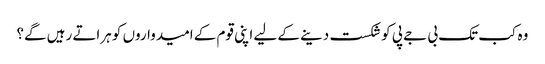
وہ کب تک بی جے پی کوشکست دینے کے لیے اپنی قوم کے امیدواروں کو ہراتے رہیں گے؟